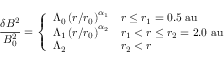
\frac { \delta B ^ { 2 } } { B _ { 0 } ^ { 2 } } = \left\{ \begin{array} { l l } { \Lambda _ { 0 } \left( r / r _ { 0 } \right) ^ { \alpha _ { 1 } } } & { r \leq r _ { 1 } = 0 . 5 \mathrm { ~ a u } } \\ { \Lambda _ { 1 } \left( r / r _ { 0 } \right) ^ { \alpha _ { 2 } } } & { r _ { 1 } < r \leq r _ { 2 } = 2 . 0 \mathrm { ~ a u } } \\ { \Lambda _ { 2 } } & { r _ { 2 } < r } \end{array} \right.